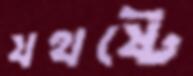
যথষ্টে